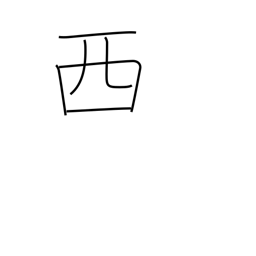
Meaning: Spain